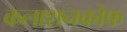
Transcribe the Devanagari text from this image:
कलाशनकोफ